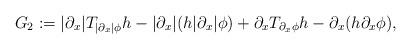
LaTeX: \begin{align*}G_2 := |\partial_x|T_{|\partial_x|\phi}h - |\partial_x|(h|\partial_x|\phi ) + \partial_xT_{\partial_x\phi}h - \partial_x(h\partial_x\phi),\end{align*}